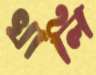
খালি